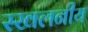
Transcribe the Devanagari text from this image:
स्खलनीय